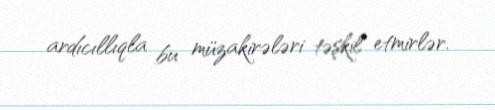
ardıcıllıqla bu müzakirələri təşkil etmirlər.